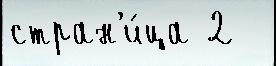
стран'и́ца 2